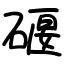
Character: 𥔌